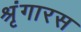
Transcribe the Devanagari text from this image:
श्रृंगारस